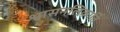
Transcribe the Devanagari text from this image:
श्वासनलिकार्ति